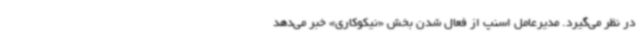
در نظر می‌گیرد. مدیرعامل اسنپ از فعال شدن بخش «نیکوکاری» خبر می‌دهد